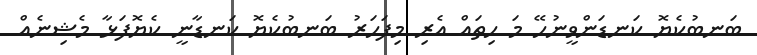
ބަނބުކެޔޮ ކަނޑަންވީނުހޭ މަ ހިތައް އެރި މިފަހަރު ބަނބުކެޔޮ ކަނޑާނީ ކެޔޮފަޅާ މެޝިނެއް